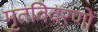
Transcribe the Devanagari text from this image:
मृतविवरणों